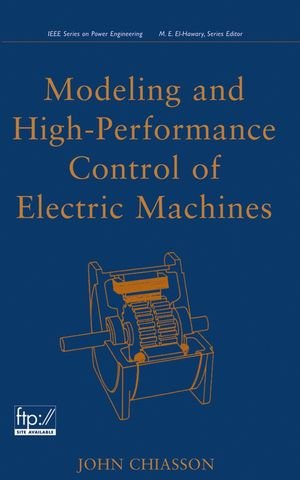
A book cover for Modeling and High Performance Control of Electric Machines; John Chiasson; Engineering & Transportation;